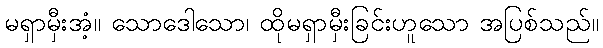
မရှာမှီးအံ့။ သောဒေါသော၊ ထိုမရှာမှီးခြင်းဟူသော အပြစ်သည်။